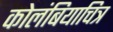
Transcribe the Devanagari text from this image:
कोलंबियाचित्र